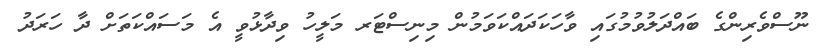
ނޫސްވެރިންގެ ބައްދަލުވުމުގައި ވާހަކަދައްކަވަމުން މިނިސްޓަރ މަލީހު ވިދާޅުވީ އެ މަސައްކަތަށް ދާ ހަރަދު